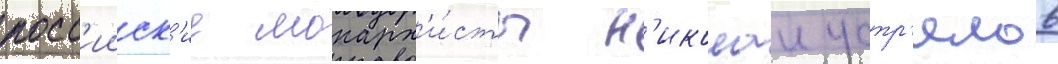
росс'ииск'ие монарх'и́сты н'иколаи устр'ялов